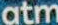
atm